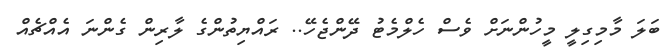
ބަލަ މާމިގިލީ މީހުންނަށް ވެސް ހެލްމެޓު ދޭންޖެހޭ.. ރައްޔިތުންގެ ލާރިން ގެންނަ އެއްޗެއް